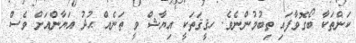
ކަންތަކާ ބޯގޮވާފައި ތިބުމުންނެވެ. ހޤީޤަތަކީ އިޔާޝް ވީ ތަނެއް ޙުދު އަޔާންއަށް ވެސް